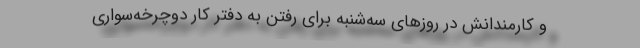
و کارمندانش در روزهای سه‌شنبه برای رفتن به دفتر کار دوچرخه‌سواری